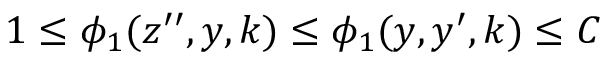
1 \leq \phi _ { 1 } ( z ^ { \prime \prime } , y , k ) \leq \phi _ { 1 } ( y , y ^ { \prime } , k ) \leq C